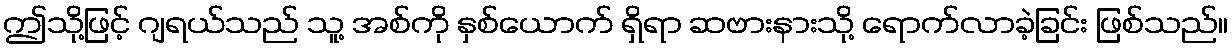
ဤသို့ဖြင့် ဂျရယ်သည် သူ့ အစ်ကို နှစ်ယောက် ရှိရာ ဆဗားနားသို့ ရောက်လာခဲ့ခြင်း ဖြစ်သည်။